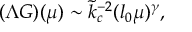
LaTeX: ( \Lambda G ) ( \mu ) \sim \tilde { k } _ { c } ^ { - 2 } ( l _ { 0 } \mu ) ^ { \gamma } ,